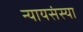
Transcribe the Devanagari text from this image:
न्यायसंस्या